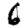
Digit: 6